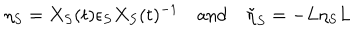
\eta _ { S } = X _ { S } ( t ) \epsilon _ { S } X _ { S } ( t ) ^ { - 1 } \quad \mathrm { a n d } \quad \tilde { \eta } _ { S } = - L \eta _ { S } L